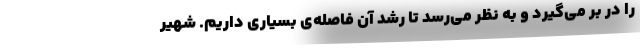
را در بر می‌گیرد و به نظر می‌رسد تا رشد آن فاصله‌ی بسیاری داریم. شهیر